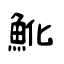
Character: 魤